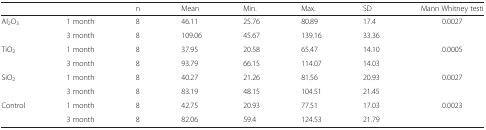
<table><thead><tr><td></td><td></td><td><b>n</b></td><td><b>Mean</b></td><td><b>Min.</b></td><td><b>Max.</b></td><td><b>SD</b></td><td><b>Mann Whitney testi</b></td></tr></thead><tbody><tr><td rowspan="2">Al<sub>2</sub>O<sub>3</sub></td><td>1 month</td><td>8</td><td>46.11</td><td>25.76</td><td>80.89</td><td>17.4</td><td rowspan="2">0.0027</td></tr><tr><td>3 month</td><td>8</td><td>109.06</td><td>45.67</td><td>139.16</td><td>33.36</td></tr><tr><td rowspan="2">TiO<sub>2</sub></td><td>1 month</td><td>8</td><td>37.95</td><td>20.58</td><td>65.47</td><td>14.10</td><td rowspan="2">0.0005</td></tr><tr><td>3 month</td><td>8</td><td>93.79</td><td>66.15</td><td>114.07</td><td>14.03</td></tr><tr><td rowspan="2">SiO<sub>2</sub></td><td>1 month</td><td>8</td><td>40.27</td><td>21.26</td><td>81.56</td><td>20.93</td><td rowspan="2">0.0027</td></tr><tr><td>3 month</td><td>8</td><td>83.19</td><td>48.15</td><td>104.51</td><td>21.45</td></tr><tr><td rowspan="2">Control</td><td>1 month</td><td>8</td><td>42.75</td><td>20.93</td><td>77.51</td><td>17.03</td><td rowspan="2">0.0023</td></tr><tr><td>3 month</td><td>8</td><td>82.06</td><td>59.4</td><td>124.53</td><td>21.79</td></tr></tbody></table>